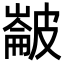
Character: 𭽵